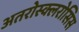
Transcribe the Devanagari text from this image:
अतरोस्क्लरोसिस